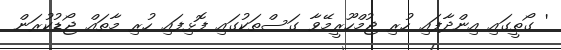
' ގޯތީގައި އިންދާފައި ހުރި ޖުމްހޫރީމޭވާ ގަސްތަކުގައި ފޮޅިފައި ހުރި މާތައް ޖޯޑުކުރަން